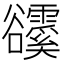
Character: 𧯗